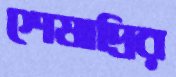
শেষাদ্রির